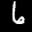
Label: 6